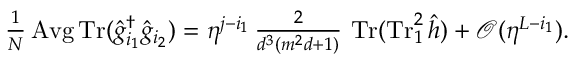
\textstyle \frac { 1 } { N } \operatorname { A v g } \operatorname { T r } ( \hat { g } _ { i _ { 1 } } ^ { \dag } \hat { g } _ { i _ { 2 } } ) = \eta ^ { j - i _ { 1 } } \, \frac { 2 } { d ^ { 3 } ( m ^ { 2 } d + 1 ) } \, \operatorname { T r } ( \operatorname { T r } _ { 1 } ^ { 2 } \hat { h } ) + \mathcal { O } ( \eta ^ { L - i _ { 1 } } ) .